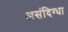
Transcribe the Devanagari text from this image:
असंदिग्धा